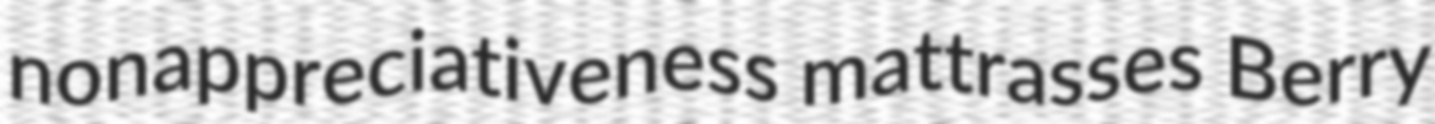
nonappreciativeness mattrasses Berry